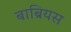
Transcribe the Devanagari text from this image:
बाब्रियस